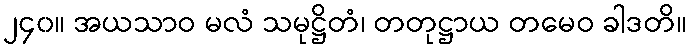
၂၄၀။ အယသာဝ မလံ သမုဋ္ဌိတံ၊ တတုဋ္ဌာယ တမေဝ ခါဒတိ။